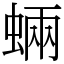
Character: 蜽